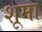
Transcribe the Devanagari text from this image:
शूमा